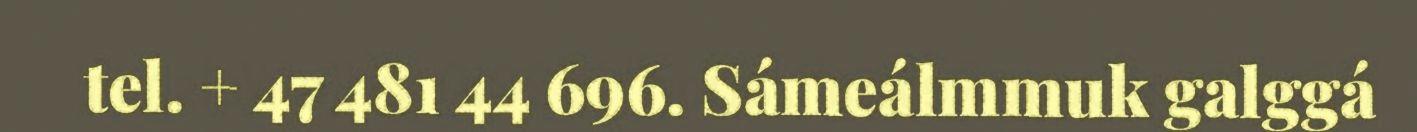
tel. + 47 481 44 696. Sámeálmmuk galggá